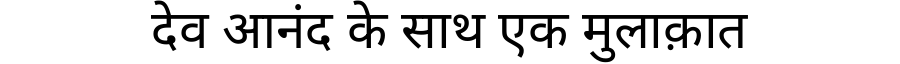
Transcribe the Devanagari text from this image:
देव आनंद के साथ एक मुलाक़ात